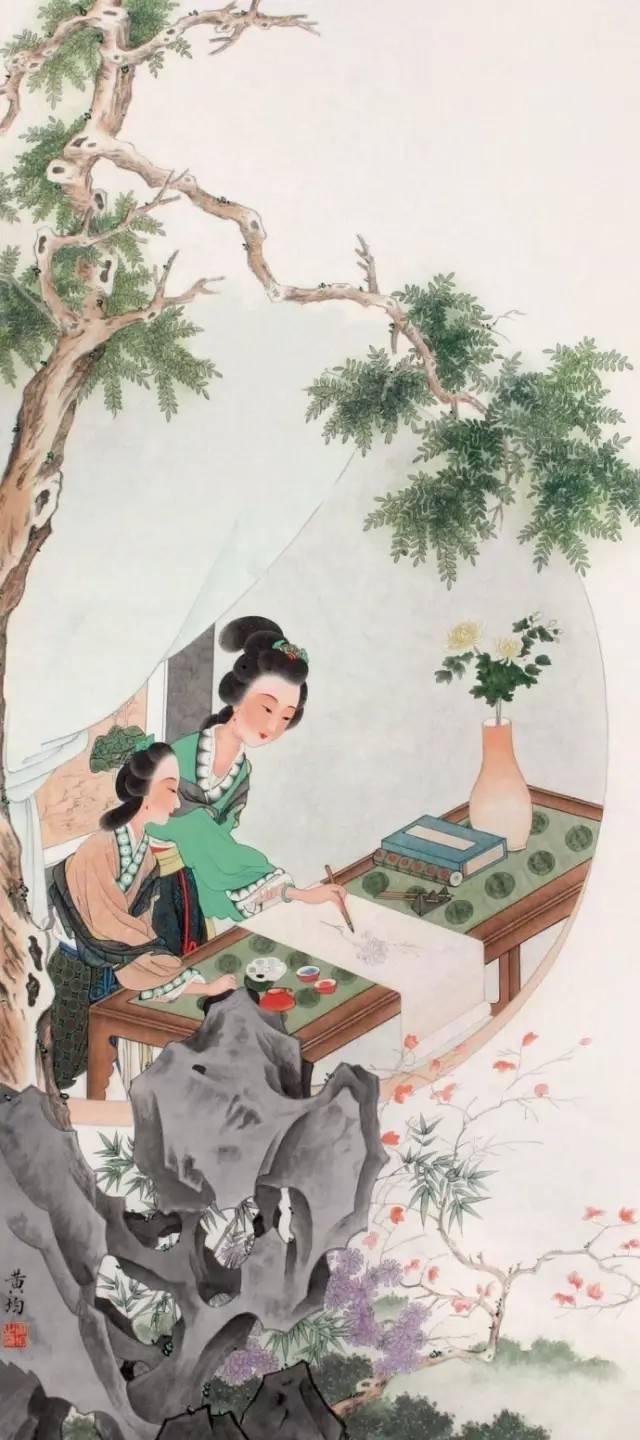
芳洲拾翠暮忘归，秀野踏青来不定。